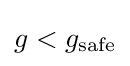
g<g_{\text{safe}}